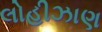
લોહીઝાણ